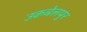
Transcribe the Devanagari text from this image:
उकबेलपुर